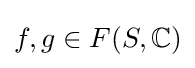
f,g\in F(S,\mathbb {C} )